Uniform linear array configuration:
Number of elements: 8
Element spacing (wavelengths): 0.75
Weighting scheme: blackman
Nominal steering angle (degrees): -30
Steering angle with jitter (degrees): -30.249
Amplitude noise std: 0.05
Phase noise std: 0.05

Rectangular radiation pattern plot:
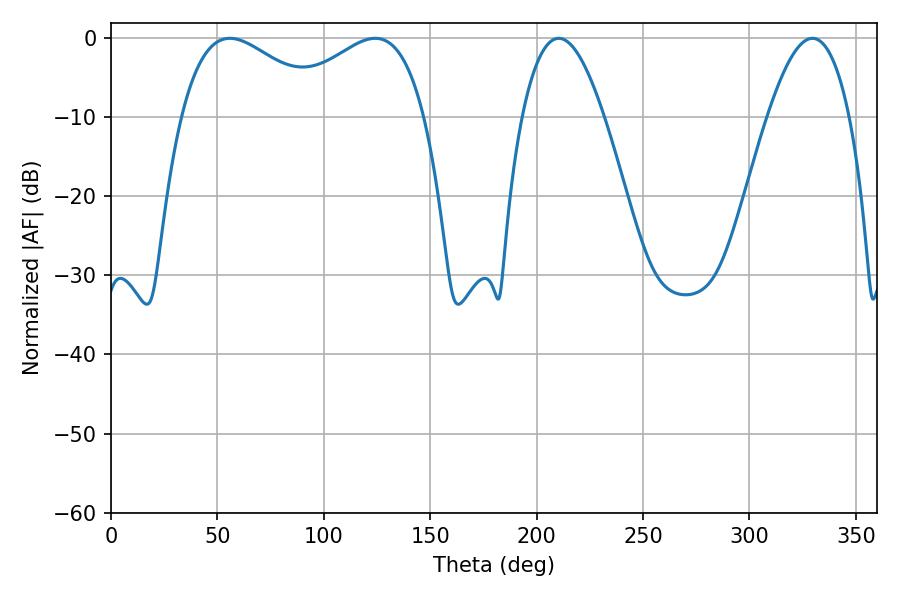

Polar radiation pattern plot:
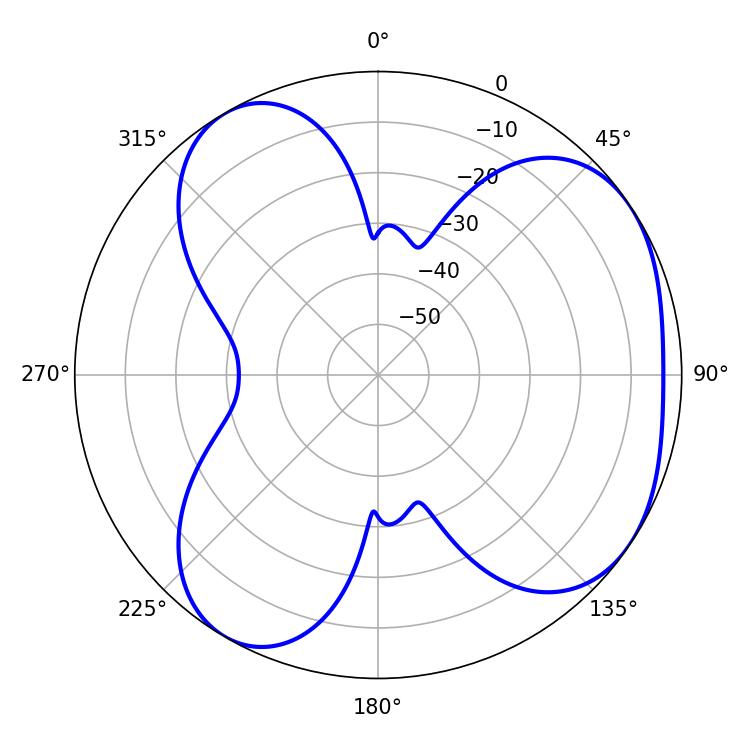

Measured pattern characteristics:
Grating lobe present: TRUE
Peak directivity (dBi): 4.6
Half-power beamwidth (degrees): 37.8
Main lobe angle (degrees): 55.8